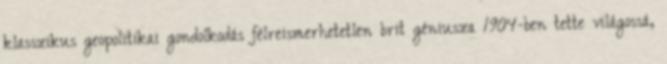
klasszikus geopolitikai gondolkodás félreismerhetetlen brit géniusza 1904-ben tette világossá,